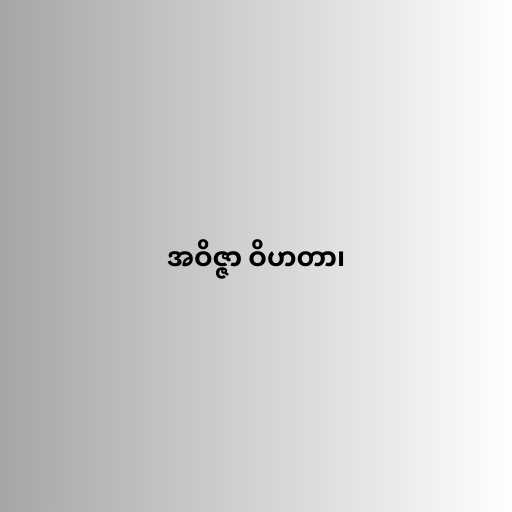
အဝိဇ္ဇာ ဝိဟတာ၊